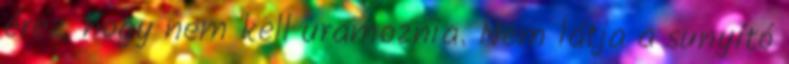
érez, hogy nem kell uramoznia. Nem látja a sunyító